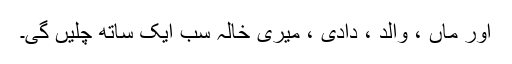
اور ماں ، والد ، دادی ، میری خالہ سب ایک ساتھ چلیں گی۔